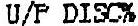
U/P DISC%